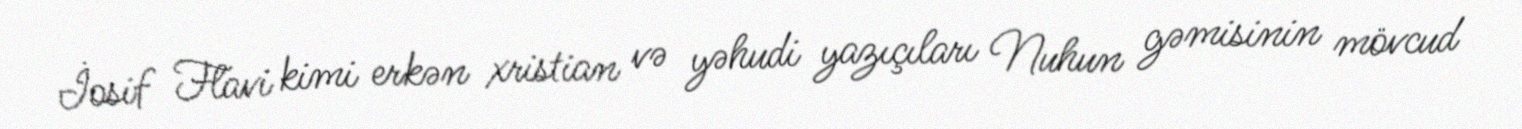
İosif Flavi kimi erkən xristian və yəhudi yazıçıları Nuhun gəmisinin mövcud